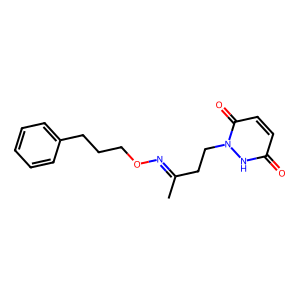
SMILES: CC(CCn1[nH]c(=O)ccc1=O)=NOCCCc1ccccc1
Inhibits HIV replication: No